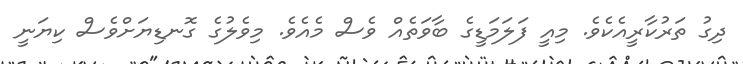
ދިގު ތަރުކާރީއެކެވެ. މިއީ ފަލަމަޑީގެ ބާވަތެއް ވެސް މެއެވެ. މިވެލުގެ ގޮނޑިޔަށްވެސް ކިޔަނީ